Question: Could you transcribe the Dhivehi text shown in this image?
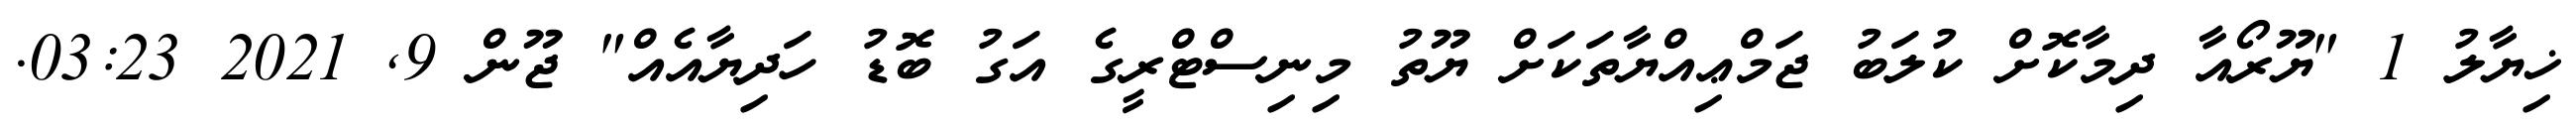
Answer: ޚިޔާލު 1 "ޔޫރޯއާ ދިމާކޮށް ކުލަބު ޖަމްޢިއްޔާތަކަށް ޔޫތު މިނިސްޓްރީގެ އަގު ބޮޑު ހަދިޔާއެއް" ޖޫން 9, 2021 03:23.